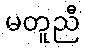
မတူညီ